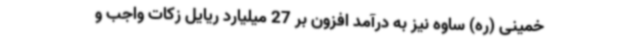
خمینی (ره) ساوه نیز به درآمد افزون بر 27 میلیارد ریایل زکات واجب و